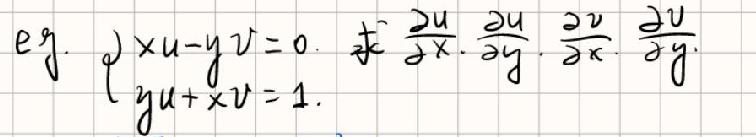
\begin{cases}
\(xu - yv = 0\)\\
\(yu+xv = 1\)\\
\end{cases}\\
求\( \frac{\partial u}{\partial x},\frac{\partial u}{\partial y},\frac{\partial v}{\partial x},\frac{\partial v}{\partial y}\)